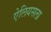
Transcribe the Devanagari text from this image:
ऐलियसला